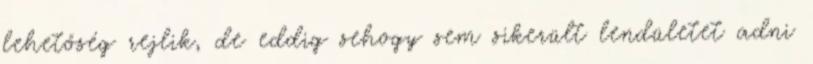
lehetőség rejlik, de eddig sehogy sem sikerült lendületet adni